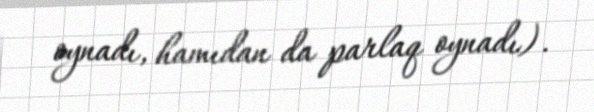
oynadı, hamıdan da parlaq oynadı).